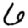
Digit: 6